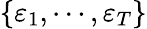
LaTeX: \{ \varepsilon_{1},\cdots,\varepsilon_{T}\}